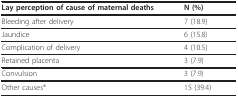
| Lay perception of cause of maternal deaths | N (%) |
 | --- | --- |
 | Bleeding after delivery | 7 (18.9) |
 | Jaundice | 6 (15.8) |
 | Complication of delivery | 4 (10.5) |
 | Retained placenta | 3 (7.9) |
 | Convulsion | 3 (7.9) |
 | Other causes* | 15 (39.4) |